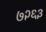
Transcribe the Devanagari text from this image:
७२६३